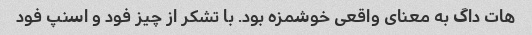
هات داگ به معنای واقعی خوشمزه بود. با تشکر از چیز فود و اسنپ فود